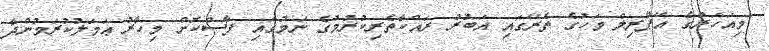
މިއަހަރުގެ އޭޕްރިލް މަހުގެ ތެރޭގައި އަބުރު ރައްކާތެރިކުރުމުގެ ނަމުގައި ފާސްކޮށް މިހާރު ޢަމަލުކުރަމުންދާ